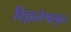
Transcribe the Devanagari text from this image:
विज्ञानेश्वरकृत